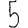
Digit: 5